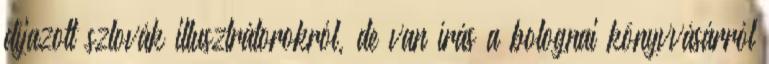
díjazott szlovák illusztrátorokról, de van írás a bolognai könyvvásárról